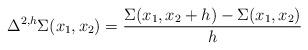
LaTeX: \begin{align*}\Delta^{2,h}\Sigma(x_1,x_2)= \frac{\Sigma(x_1,x_2+h)-\Sigma(x_1,x_2)}{h}\end{align*}